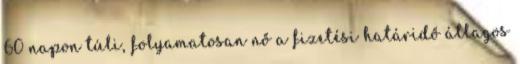
60 napon túli, folyamatosan nő a fizetési határidő átlagos